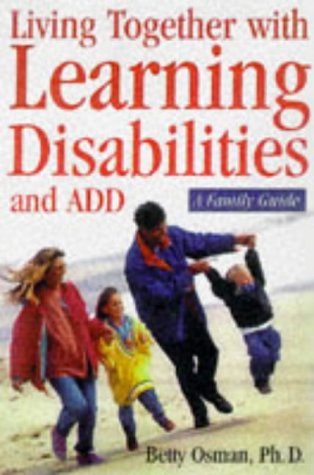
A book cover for Learning Disabilities and ADHD: A Family Guide to Living and Learning Together; Betty B. Osman; Parenting & Relationships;